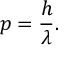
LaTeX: p = { \frac { h } { \lambda } } .